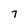
Character: 7